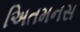
અિતમનસ